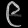
Digit: ၉